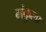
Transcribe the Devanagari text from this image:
मंकुला